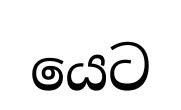
යෙට